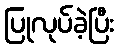
ပြုလုပ်ခဲ့ပြီး